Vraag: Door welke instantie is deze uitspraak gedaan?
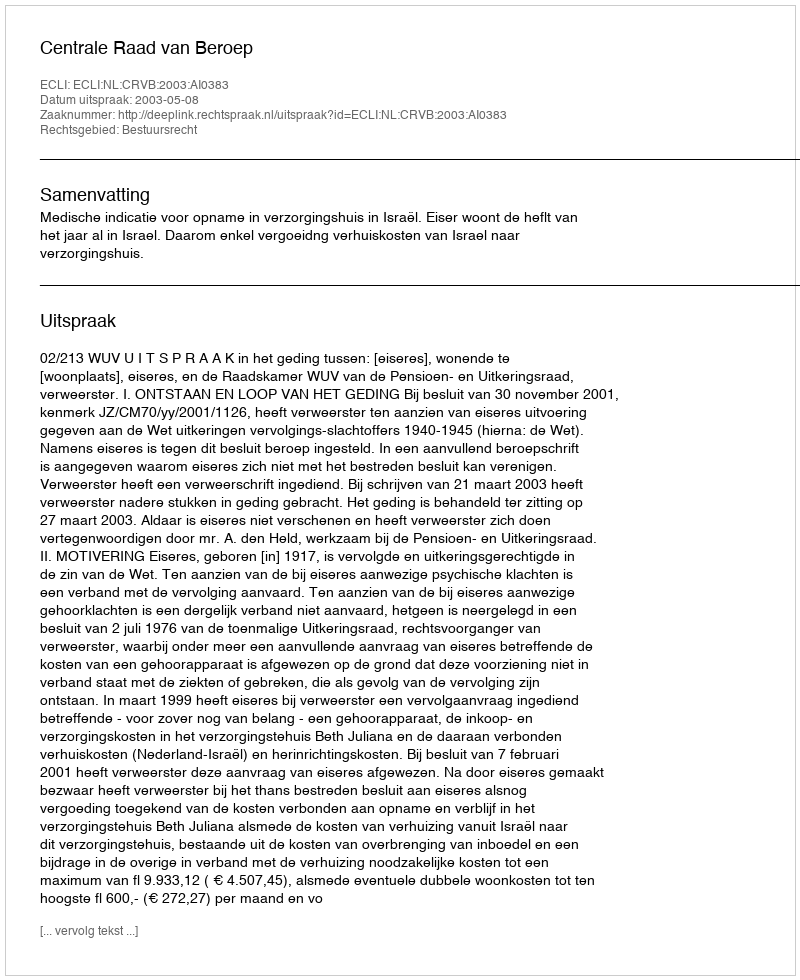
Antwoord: Centrale Raad van Beroep